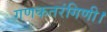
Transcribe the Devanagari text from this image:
गणकतरंगिणी।